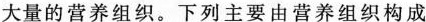
大量的营养组织。下列主要由营养组织构成